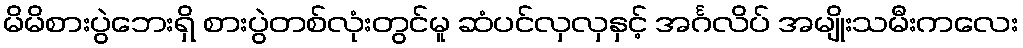
မိမိစားပွဲဘေးရှိ စားပွဲတစ်လုံးတွင်မူ ဆံပင်လှလှနှင့် အင်္ဂလိပ် အမျိုးသမီးကလေး